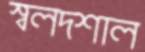
স্বলদশাল